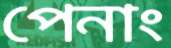
পেনাং